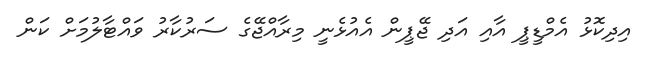
އިދިކޮޅު އެމްޑީޕީ އާއި އަދި ޖޭޕީން އެއުޅެނީ މިރާއްޖޭގެ ސަރުކާރު ވައްޓާލުމަށް ކަން